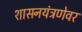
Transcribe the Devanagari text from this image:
शासनयंत्रणेवर